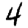
Digit: 4